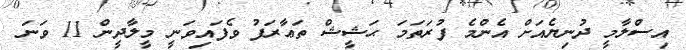
އިސްލާމީ ދުނިޔެއަށް އެންމެ ފުރަތަމަ ޙަޝީޝް ތަޢާރަފު ވެފައިވަނީ މީލާދީން 11 ވަނަ